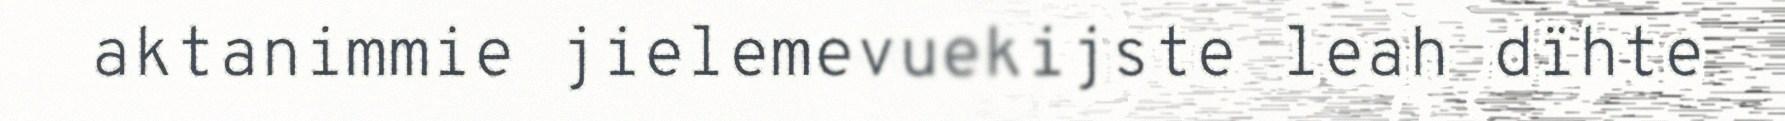
aktanimmie jielemevuekijste leah dïhte